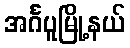
အင်္ဂပူမြို့နယ်